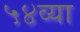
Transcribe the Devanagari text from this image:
५४व्या